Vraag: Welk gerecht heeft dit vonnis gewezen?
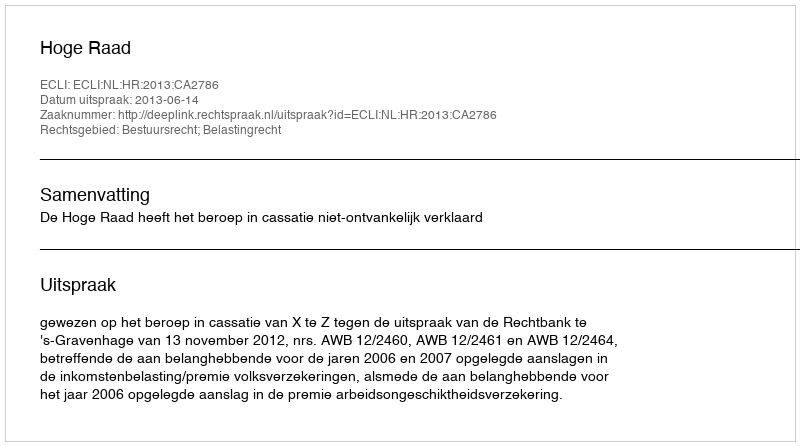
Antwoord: Hoge Raad